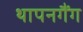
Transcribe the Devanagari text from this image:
थापनगैंग